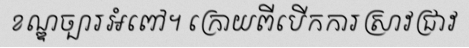
ខណ្ឌច្បារអំពៅ។ ក្រោយពីបើកការស្រាវជ្រាវ